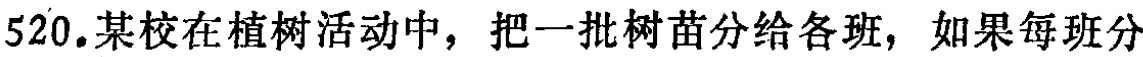
520.某校在植树活动中，把一批树苗分给各班，如果每班分